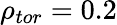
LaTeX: \rho_{tor}=0.2